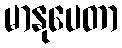
မာနုပေတာ